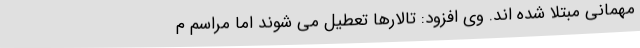
مهمانی مبتلا شده اند. وی افزود: تالارها تعطیل می شوند اما مراسم م